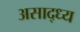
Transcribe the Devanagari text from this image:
असाद्ध्य